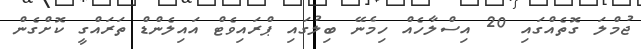
ޖުމްލަ ގޮތެއްގައި 20 އިސްލާހެއް ހިމެނޭ ބިލުގައި ޕްރައިވެޓް އައިލެންޑް ތަރައްގީ ކޮށްގެން